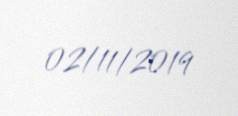
02/11/2019